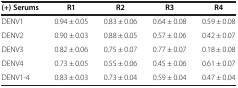
<table><thead><tr><td><b>(+) Serums</b></td><td><b>R1</b></td><td><b>R2</b></td><td><b>R3</b></td><td><b>R4</b></td></tr></thead><tbody><tr><td>DENV1</td><td>0.94 ± 0.05</td><td>0.83 ± 0.06</td><td>0.64 ± 0.08</td><td>0.59 ± 0.08</td></tr><tr><td>DENV2</td><td>0.90 ± 0.03</td><td>0.88 ± 0.05</td><td>0.57 ± 0.06</td><td>0.42 ± 0.07</td></tr><tr><td>DENV3</td><td>0.82 ± 0.06</td><td>0.75 ± 0.07</td><td>0.77 ± 0.07</td><td>0.18 ± 0.08</td></tr><tr><td>DENV4</td><td>0.73 ± 0.05</td><td>0.55 ± 0.06</td><td>0.45 ± 0.06</td><td>0.61 ± 0.07</td></tr><tr><td>DENV1-4</td><td>0.83 ± 0.03</td><td>0.73 ± 0.04</td><td>0.59 ± 0.04</td><td>0.47 ± 0.04</td></tr></tbody></table>